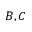
B , C